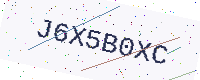
Text: J6X5B0XC